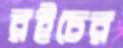
রইচের